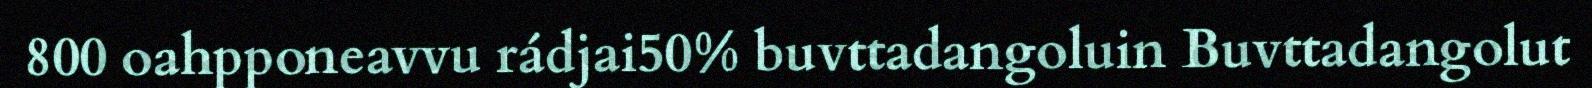
800 oahpponeavvu rádjai50% buvttadangoluin Buvttadangolut